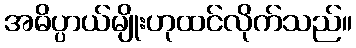
အဓိပ္ပာယ်မျိုးဟုထင်လိုက်သည်။